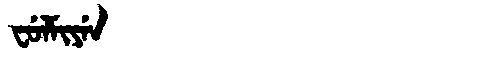
Manchu: ᠸᡠᠯᠮᡳᠶᡝᠨ
Romanization: FULMIYEN